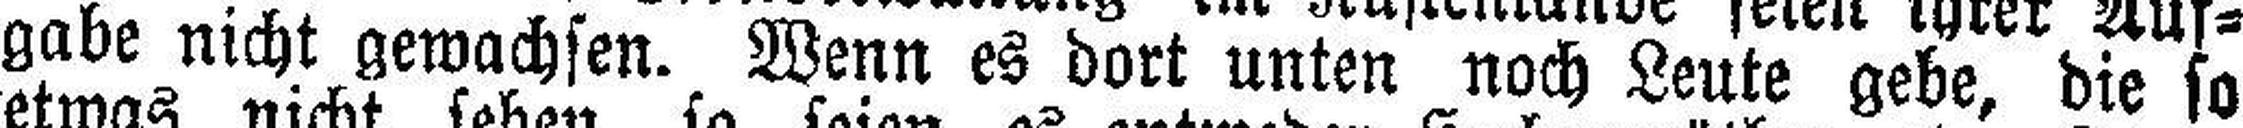
gabe nicht gewachsen. Wenn es dort unten noch Leute gebe, die so